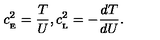
c _ { _ \mathrm { E } } ^ { 2 } = { \frac { T } { U } } , c _ { _ \mathrm { L } } ^ { 2 } = - { \frac { d T } { d U } } .